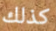
كذلك